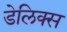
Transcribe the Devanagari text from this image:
डेलिक्स